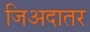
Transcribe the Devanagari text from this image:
जिअदातर